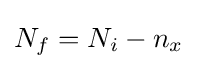
N_{f}=N_{i}-n_{x}